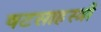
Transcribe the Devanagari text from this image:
षटसाहस्त्री